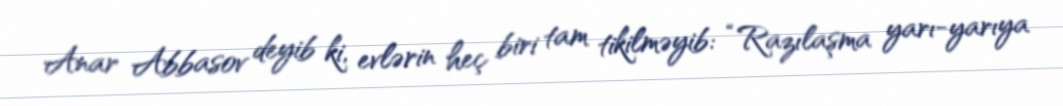
Anar Abbasov deyib ki, evlərin heç biri tam tikilməyib: “Razılaşma yarı-yarıya